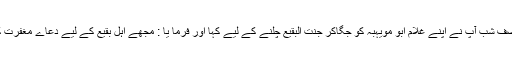
اواخر صفر کی ایک نصف شب آپ نے اپنے غلام ابو مویہبہ کو جگاکر جنت البقیع چلنے کے لیے کہا اور فرما یا : مجھے اہل بقیع کے لیے دعاے مغفرت کرنے کا حکم ہوا ہے ۔